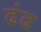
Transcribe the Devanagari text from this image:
ढंढ